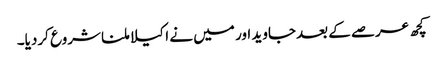
کچھ عرصے کے بعدجاوید اور میں نے ا کیلا ملنا شروع کردیا۔